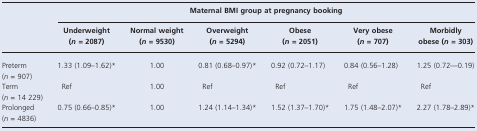
|  | <COLSPAN=6> Maternal BMI group at pregnancy booking |
 |  | Underweight (n = 2087) | Normal weight (n = 9530) | Overweight (n = 5294) | Obese (n = 2051) | Very obese (n = 707) | Morbidly obese (n = 303) |
 | --- | --- | --- | --- | --- | --- | --- |
 | Preterm(n = 907) | 1.33 (1.09–1.62)* | 1.00 | 0.81 (0.68–0.97)* | 0.92 (0.72–1.17) | 0.84 (0.56–1.28) | 1.25 (0.72—0.19) |
 | Term(n = 14 229) | Ref | 1.00 | Ref | Ref | Ref | Ref |
 | Prolonged(n = 4836) | 0.75 (0.66–0.85)* | 1.00 | 1.24 (1.14–1.34)* | 1.52 (1.37–1.70)* | 1.75 (1.48–2.07)* | 2.27 (1.78–2.89)* |